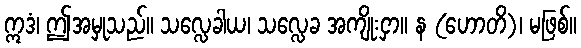
ဣဒံ၊ ဤအမှုသည်။ သလ္လေခါယ၊ သလ္လေခ အကျိုးငှာ။ န (ဟောတိ)၊ မဖြစ်။